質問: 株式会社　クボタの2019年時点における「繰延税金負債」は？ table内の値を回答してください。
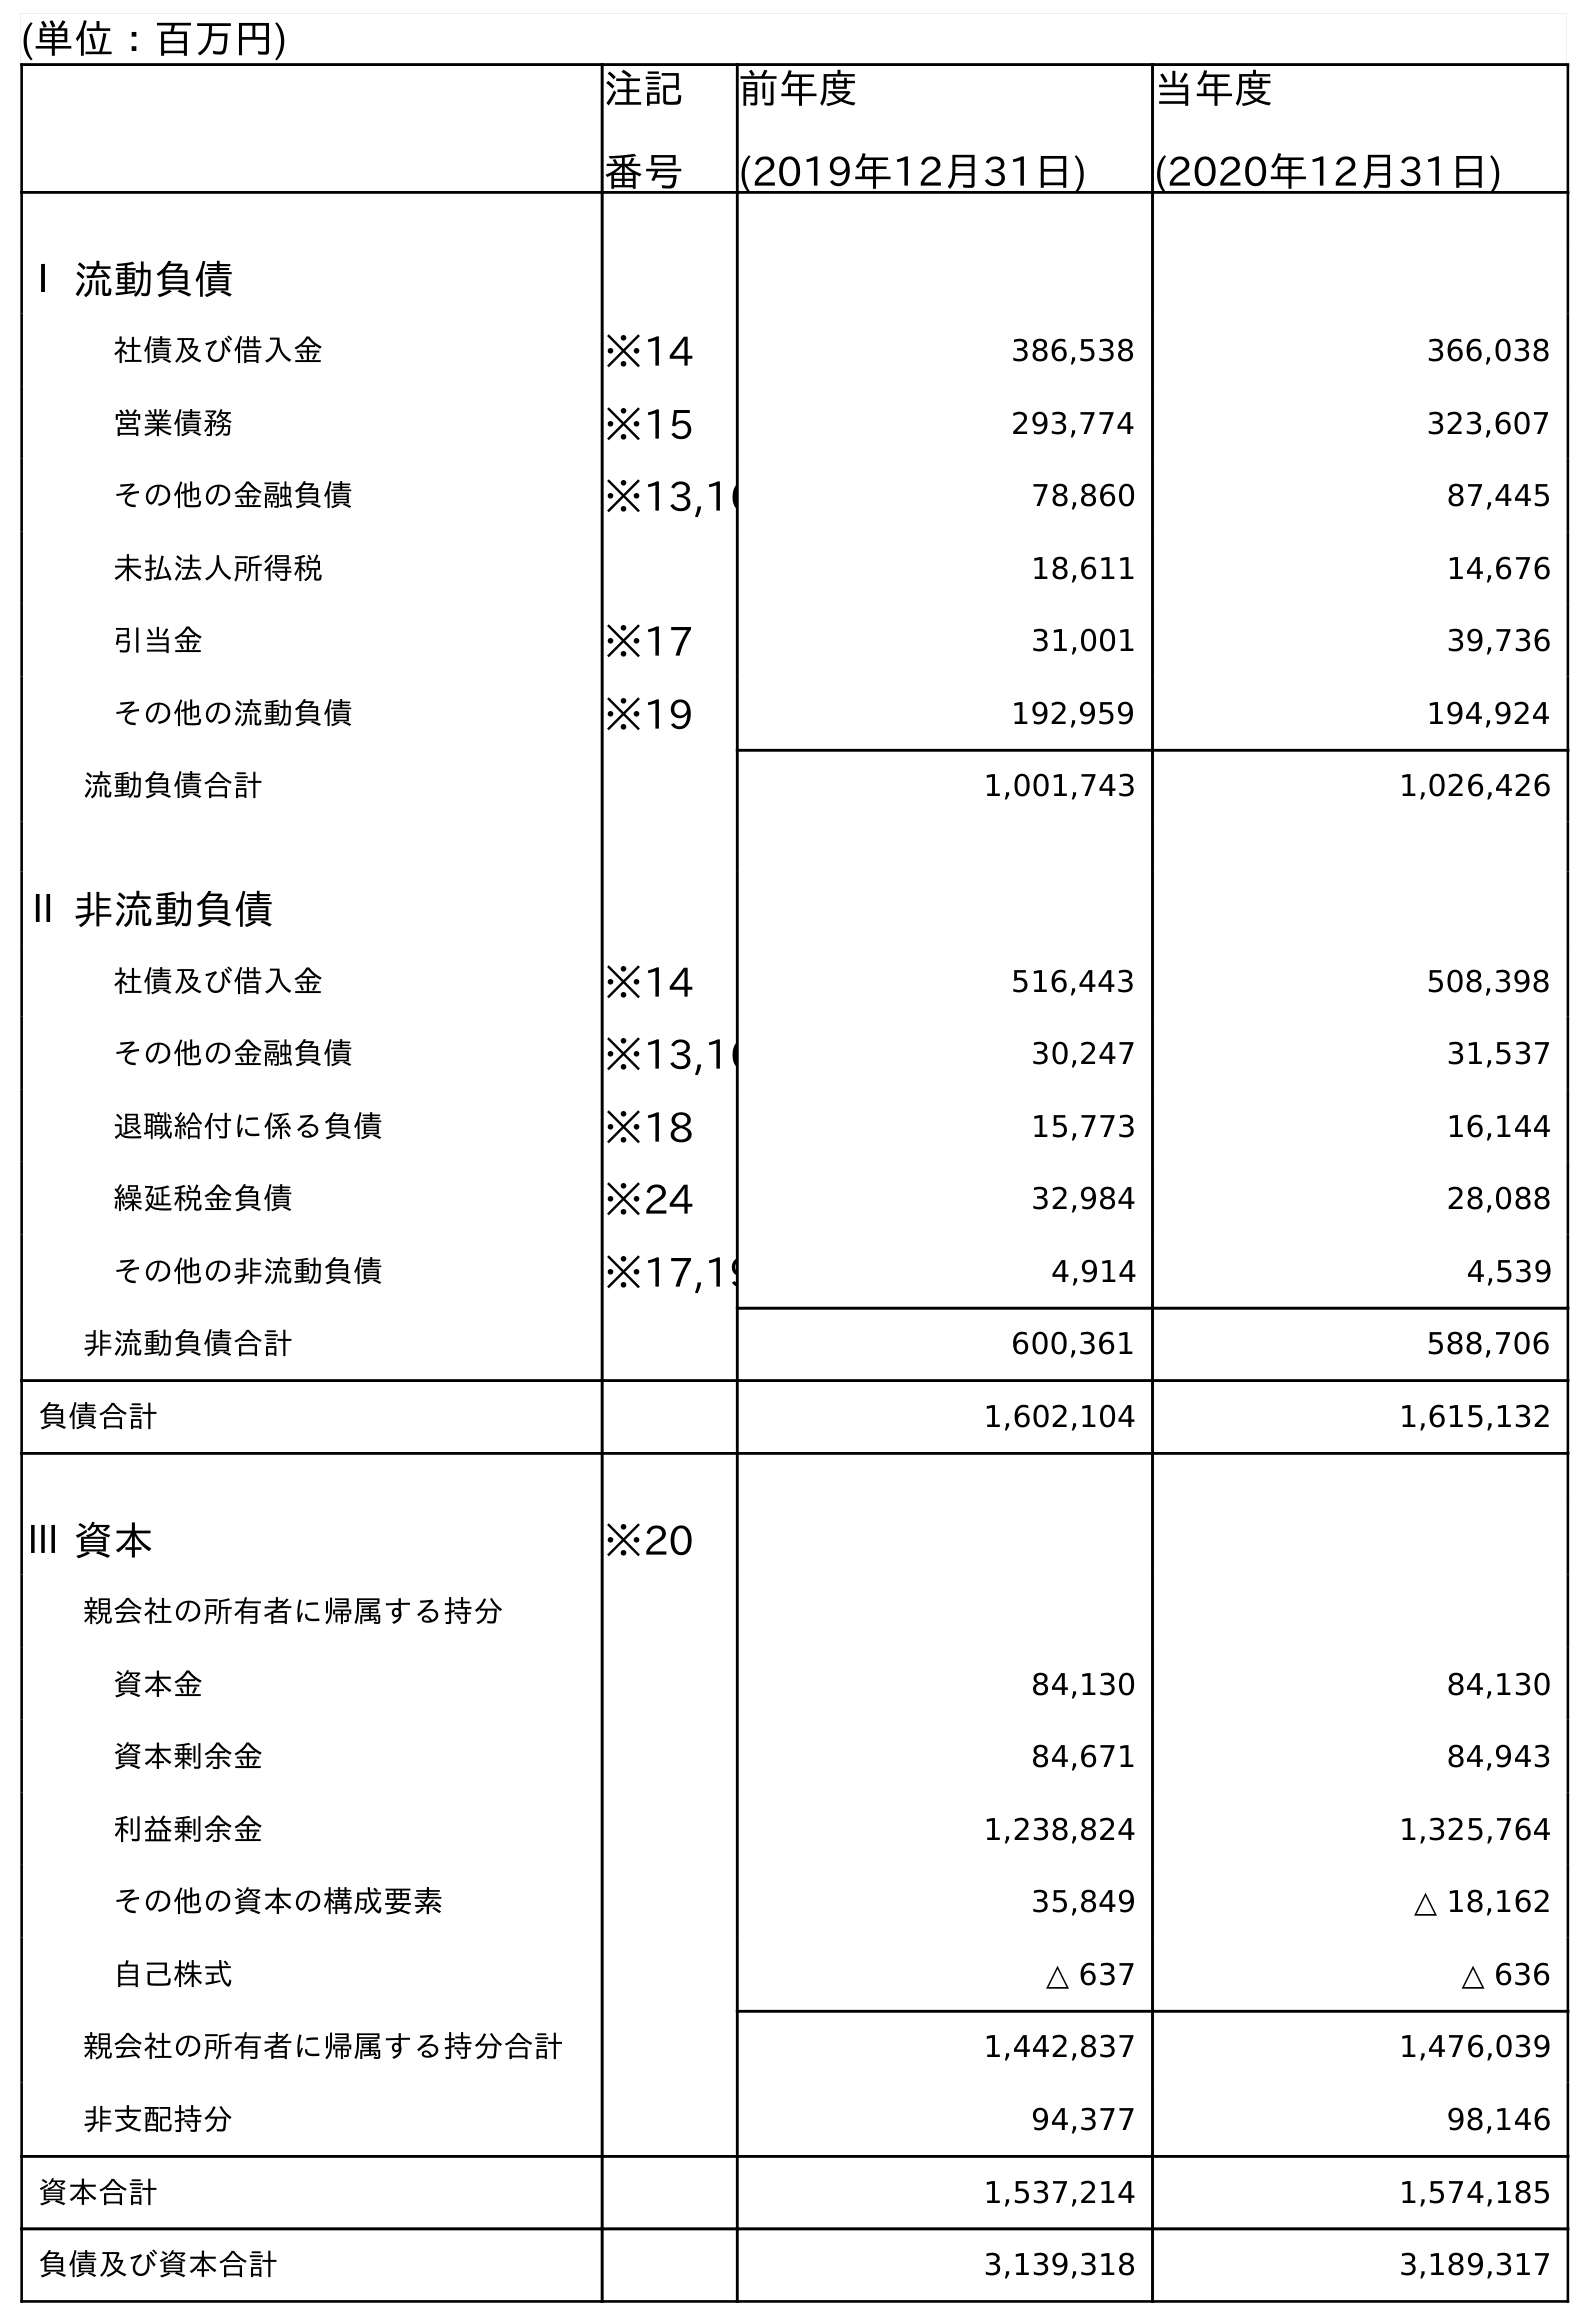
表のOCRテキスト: (単位：百万円) 注記 番号 前年度 (2019年12月31日) 当年度 (2020年12月31日) Ⅰ 流動負債 社債及び借入金 ※14 386,538 366,038 営業債務 ※15 293,774 323,607 その他の金融負債 ※13,16 78,860 87,445 未払法人所得税 18,611 14,676 引当金 ※17 31,001 39,736 その他の流動負債 ※19 192,959 194,924 流動負債合計 1,001,743 1,026,426 Ⅱ 非流動負債 社債及び借入金 ※14 516,443 508,398 その他の金融負債 ※13,16 30,247 31,537 退職給付に係る負債 ※18 15,773 16,144 繰延税金負債 ※24 32,984 28,088 その他の非流動負債 ※17,19 4,914 4,539 非流動負債合計 600,361 588,706 負債合計 1,602,104 1,615,132 Ⅲ 資本 ※20 親会社の所有者に帰属する持分 資本金 84,130 84,130 資本剰余金 84,671 84,943 利益剰余金 1,238,824 1,325,764 その他の資本の構成要素 35,849 △ 18,162 自己株式 △ 637 △ 636 親会社の所有者に帰属する持分合計 1,442,837 1,476,039 非支配持分 94,377 98,146 資本合計 1,537,214 1,574,185 負債及び資本合計 3,139,318 3,189,317
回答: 32,984